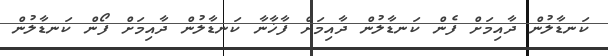
ކަނޑާލުން ދާއިމަށް ފެން ކަނޑާލުން ދާއިމަށް ފާޚާނާ ކަނޑާލުން ދާއިމަށް ފޯން ކަނޑާލުން